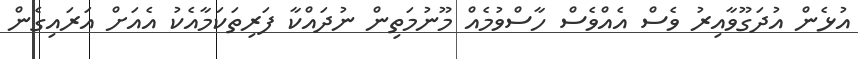
އުޅެން އުދަގޫވާއިރު ވެސް އެއްވެސް ހާސްވުމެއް މޫނުމަތިން ނުދައްކާ ފަރިތަކަމާއެކު އެއަށް އަރައިގެން